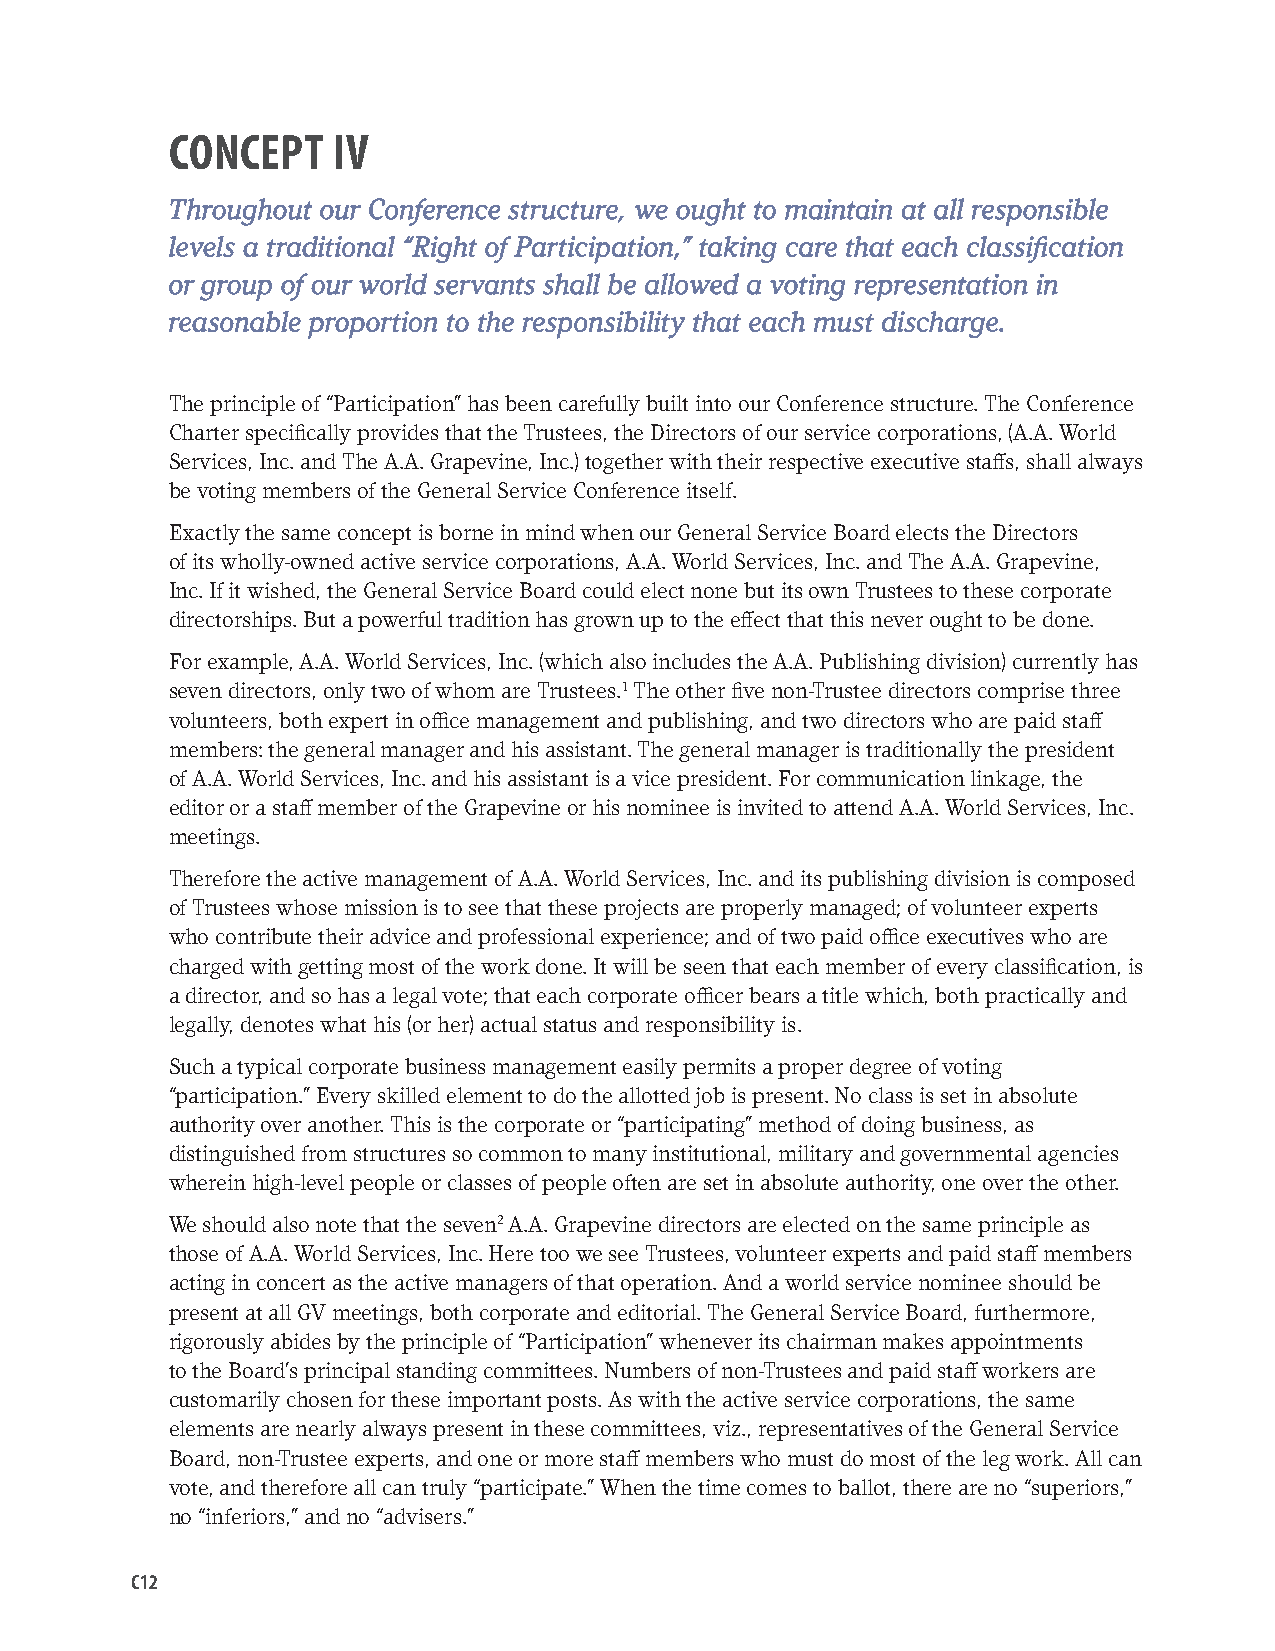
CONCEPT    IV
 Throughout our Conference structure, we ought to maintain at all responsible
 levels a traditional “Right of Participation,” taking care that each classification
 or group of our world servants shall be allowed a voting representation in
 reasonable proportion to the responsibility that each must discharge.
 The principle of “Participation” has been carefully built into our Conference structure. The Conference
 Charter specifically provides that the Trustees, the Directors of our service corporations, (A.A. World
 Services, Inc. and The A.A. Grapevine, Inc.) together with their respective executive staffs, shall always
 be voting members of the General Service Conference itself.
 Exactly the same concept is borne in mind when our General Service Board elects the Directors
 of its wholly-owned active service corporations, A.A. World Services, Inc. and The A.A. Grapevine,
 Inc. If it wished, the General Service Board could elect none but its own Trustees to these corporate
 directorships. But a powerful tradition has grown up to the effect that this never ought to be done.
 For example, A.A. World Services, Inc. (which also includes the A.A. Publishing division) currently has
 seven directors, only two of whom are Trustees.1 The other five non-Trustee directors comprise three
 volunteers, both expert in office management and publishing, and two directors who are paid staff
 members: the general manager and his assistant. The general manager is traditionally the president
 of A.A. World Services, Inc. and his assistant is a vice president. For communication linkage, the
 editor or a staff member of the Grapevine or his nominee is invited to attend A.A. World Services, Inc.
 meetings.
 Therefore the active management of A.A. World Services, Inc. and its publishing division is composed
 of Trustees whose mission is to see that these projects are properly managed; of volunteer experts
 who contribute their advice and professional experience; and of two paid office executives who are
 charged with getting most of the work done. It will be seen that each member of every classification, is
 a director, and so has a legal vote; that each corporate officer bears a title which, both practically and
 legally, denotes what his (or her) actual status and responsibility is.
 Such a typical corporate business management easily permits a proper degree of voting
 “participation.” Every skilled element to do the allotted job is present. No class is set in absolute
 authority over another. This is the corporate or “participating” method of doing business, as
 distinguished from structures so common to many institutional, military and governmental agencies
 wherein high-level people or classes of people often are set in absolute authority, one over the other.
 We should also note that the seven2 A.A. Grapevine directors are elected on the same principle as
 those of A.A. World Services, Inc. Here too we see Trustees, volunteer experts and paid staff members
 acting in concert as the active managers of that operation. And a world service nominee should be
 present at all GV meetings, both corporate and editorial. The General Service Board, furthermore,
 rigorously abides by the principle of “Participation” whenever its chairman makes appointments
 to the Board’s principal standing committees. Numbers of non-Trustees and paid staff workers are
 customarily chosen for these important posts. As with the active service corporations, the same
 elements are nearly always present in these committees, viz., representatives of the General Service
 Board, non-Trustee experts, and one or more staff members who must do most of the leg work. All can
 vote, and therefore all can truly “participate.” When the time comes to ballot, there are no “superiors,”
 no “inferiors,” and no “advisers.”
 C12